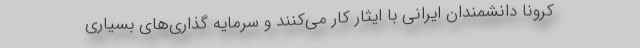
کرونا دانشمندان ایرانی با ایثار کار می‌کنند و سرمایه گذاری‌های بسیاری